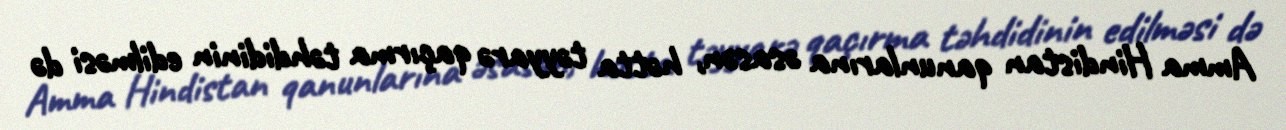
Amma Hindistan qanunlarına əsasən, hətta təyyarə qaçırma təhdidinin edilməsi də